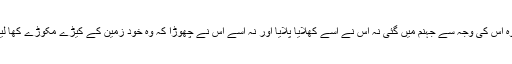
پس وہ اس کی وجہ سے جہنم میں گئی نہ اس نے اسے کھلایا پلایا اور نہ اسے اس نے چھوڑا کہ وہ خود زمین کے کیڑے مکوڑے کھا لیتی‘‘۔